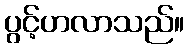
ပွင့်ဟလာသည်။